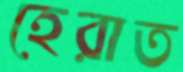
হেরাত